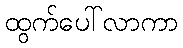
ထွက်ပေါ်လာကာ